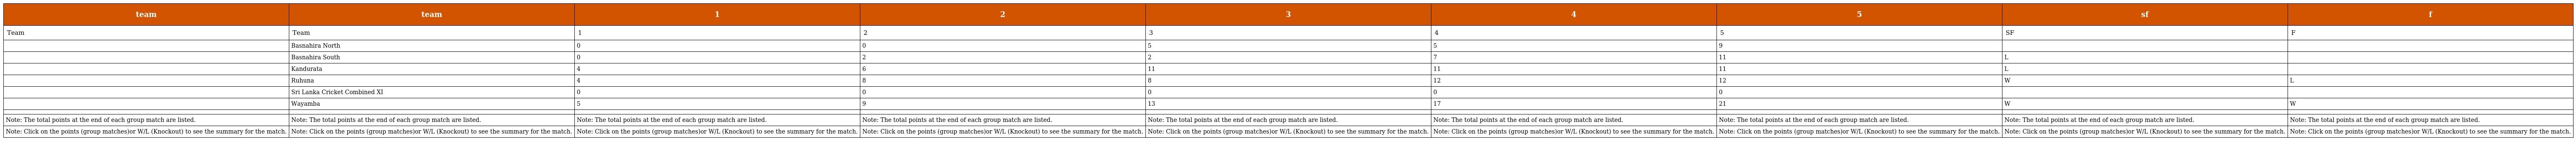
| team | team | 1 | 2 | 3 | 4 | 5 | sf | f |
 | --- | --- | --- | --- | --- | --- | --- | --- | --- |
 | Team | Team | 1 | 2 | 3 | 4 | 5 | SF | F |
 |  | Basnahira North | 0 | 0 | 5 | 5 | 9 |  |  |
 |  | Basnahira South | 0 | 2 | 2 | 7 | 11 | L |  |
 |  | Kandurata | 4 | 6 | 11 | 11 | 11 | L |  |
 |  | Ruhuna | 4 | 8 | 8 | 12 | 12 | W | L |
 |  | Sri Lanka Cricket Combined XI | 0 | 0 | 0 | 0 | 0 |  |  |
 |  | Wayamba | 5 | 9 | 13 | 17 | 21 | W | W |
 |  |  |  |  |  |  |  |  |  |
 | Note: The total points at the end of each group match are listed. | Note: The total points at the end of each group match are listed. | Note: The total points at the end of each group match are listed. | Note: The total points at the end of each group match are listed. | Note: The total points at the end of each group match are listed. | Note: The total points at the end of each group match are listed. | Note: The total points at the end of each group match are listed. | Note: The total points at the end of each group match are listed. | Note: The total points at the end of each group match are listed. |
 | Note: Click on the points (group matches)or W/L (Knockout) to see the summary for the match. | Note: Click on the points (group matches)or W/L (Knockout) to see the summary for the match. | Note: Click on the points (group matches)or W/L (Knockout) to see the summary for the match. | Note: Click on the points (group matches)or W/L (Knockout) to see the summary for the match. | Note: Click on the points (group matches)or W/L (Knockout) to see the summary for the match. | Note: Click on the points (group matches)or W/L (Knockout) to see the summary for the match. | Note: Click on the points (group matches)or W/L (Knockout) to see the summary for the match. | Note: Click on the points (group matches)or W/L (Knockout) to see the summary for the match. | Note: Click on the points (group matches)or W/L (Knockout) to see the summary for the match. |